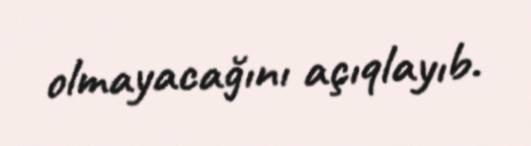
olmayacağını açıqlayıb.